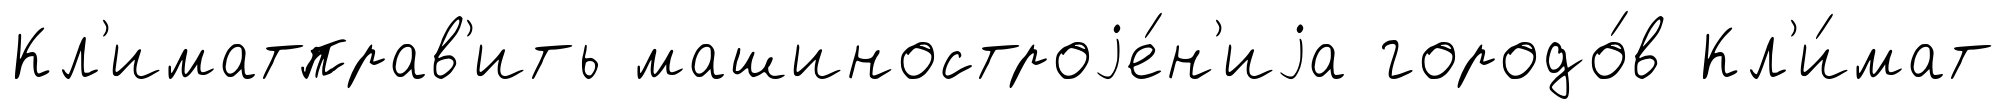
Кл'иматправ'ить машиностроjе́н'иjа городо́в Кл'и́мат